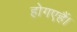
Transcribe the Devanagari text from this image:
होगएहैं।